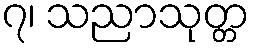
၇၊ သညာသုတ္တ